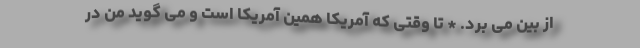
از بین می برد. * تا وقتی که آمریکا همین آمریکا است و می گوید من در